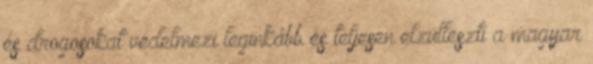
és drogosokat védelmezi leginkább és teljesen elzülleszti a magyar